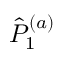
{ \hat { P } } _ { 1 } ^ { ( a ) }